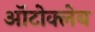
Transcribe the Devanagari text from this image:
ऑटोक्लेब